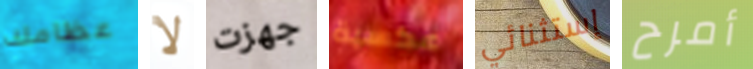
عظامك لا جهزت عكسية إستثنائي أمرح